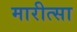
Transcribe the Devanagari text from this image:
मारीत्सा